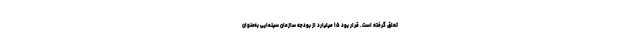
تعلق گرفته است. قرار بود ۱۵ میلیارد از بودجه سازمان سینمایی به‌عنوان